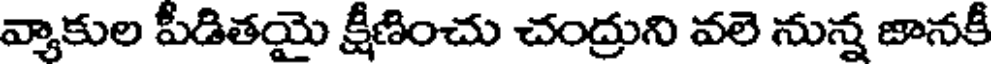
వ్యాకుల పీడితయై క్షీణించు చంద్రుని వలె నున్న జానకీ